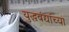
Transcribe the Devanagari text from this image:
युद्धबंद्यांच्या